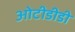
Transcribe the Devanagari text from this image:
ओटीडीडी